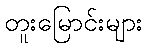
တူးမြောင်းများ